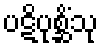
ပဋိပုစ္ဆိံသု